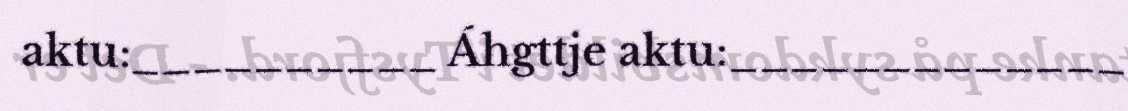
aktu:__________ Áhgttje aktu:_____________